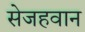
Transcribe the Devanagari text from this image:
सेजहवान